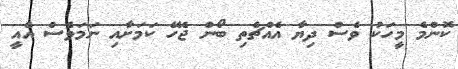
ކޮންމެ މީހަކު ވެސް ދިޔާ އެއްޗެތި ބޯން ޖެހޭ ކަމަށާއި ނަމަވެސް އެއީ